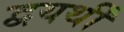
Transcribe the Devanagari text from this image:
द्वयर्थीं